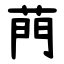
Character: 菛